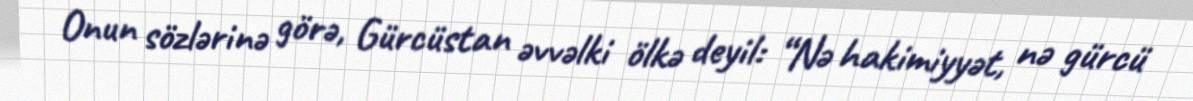
Onun sözlərinə görə, Gürcüstan əvvəlki ölkə deyil: “Nə hakimiyyət, nə gürcü